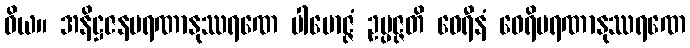
ဝိယ။ အနိဋ္ဌဇနမရဏာနုဿရဏေ ပါမောဇ္ဇံ ဥပ္ပဇ္ဇတိ ဝေရီနံ ဝေရိမရဏာနုဿရဏေ